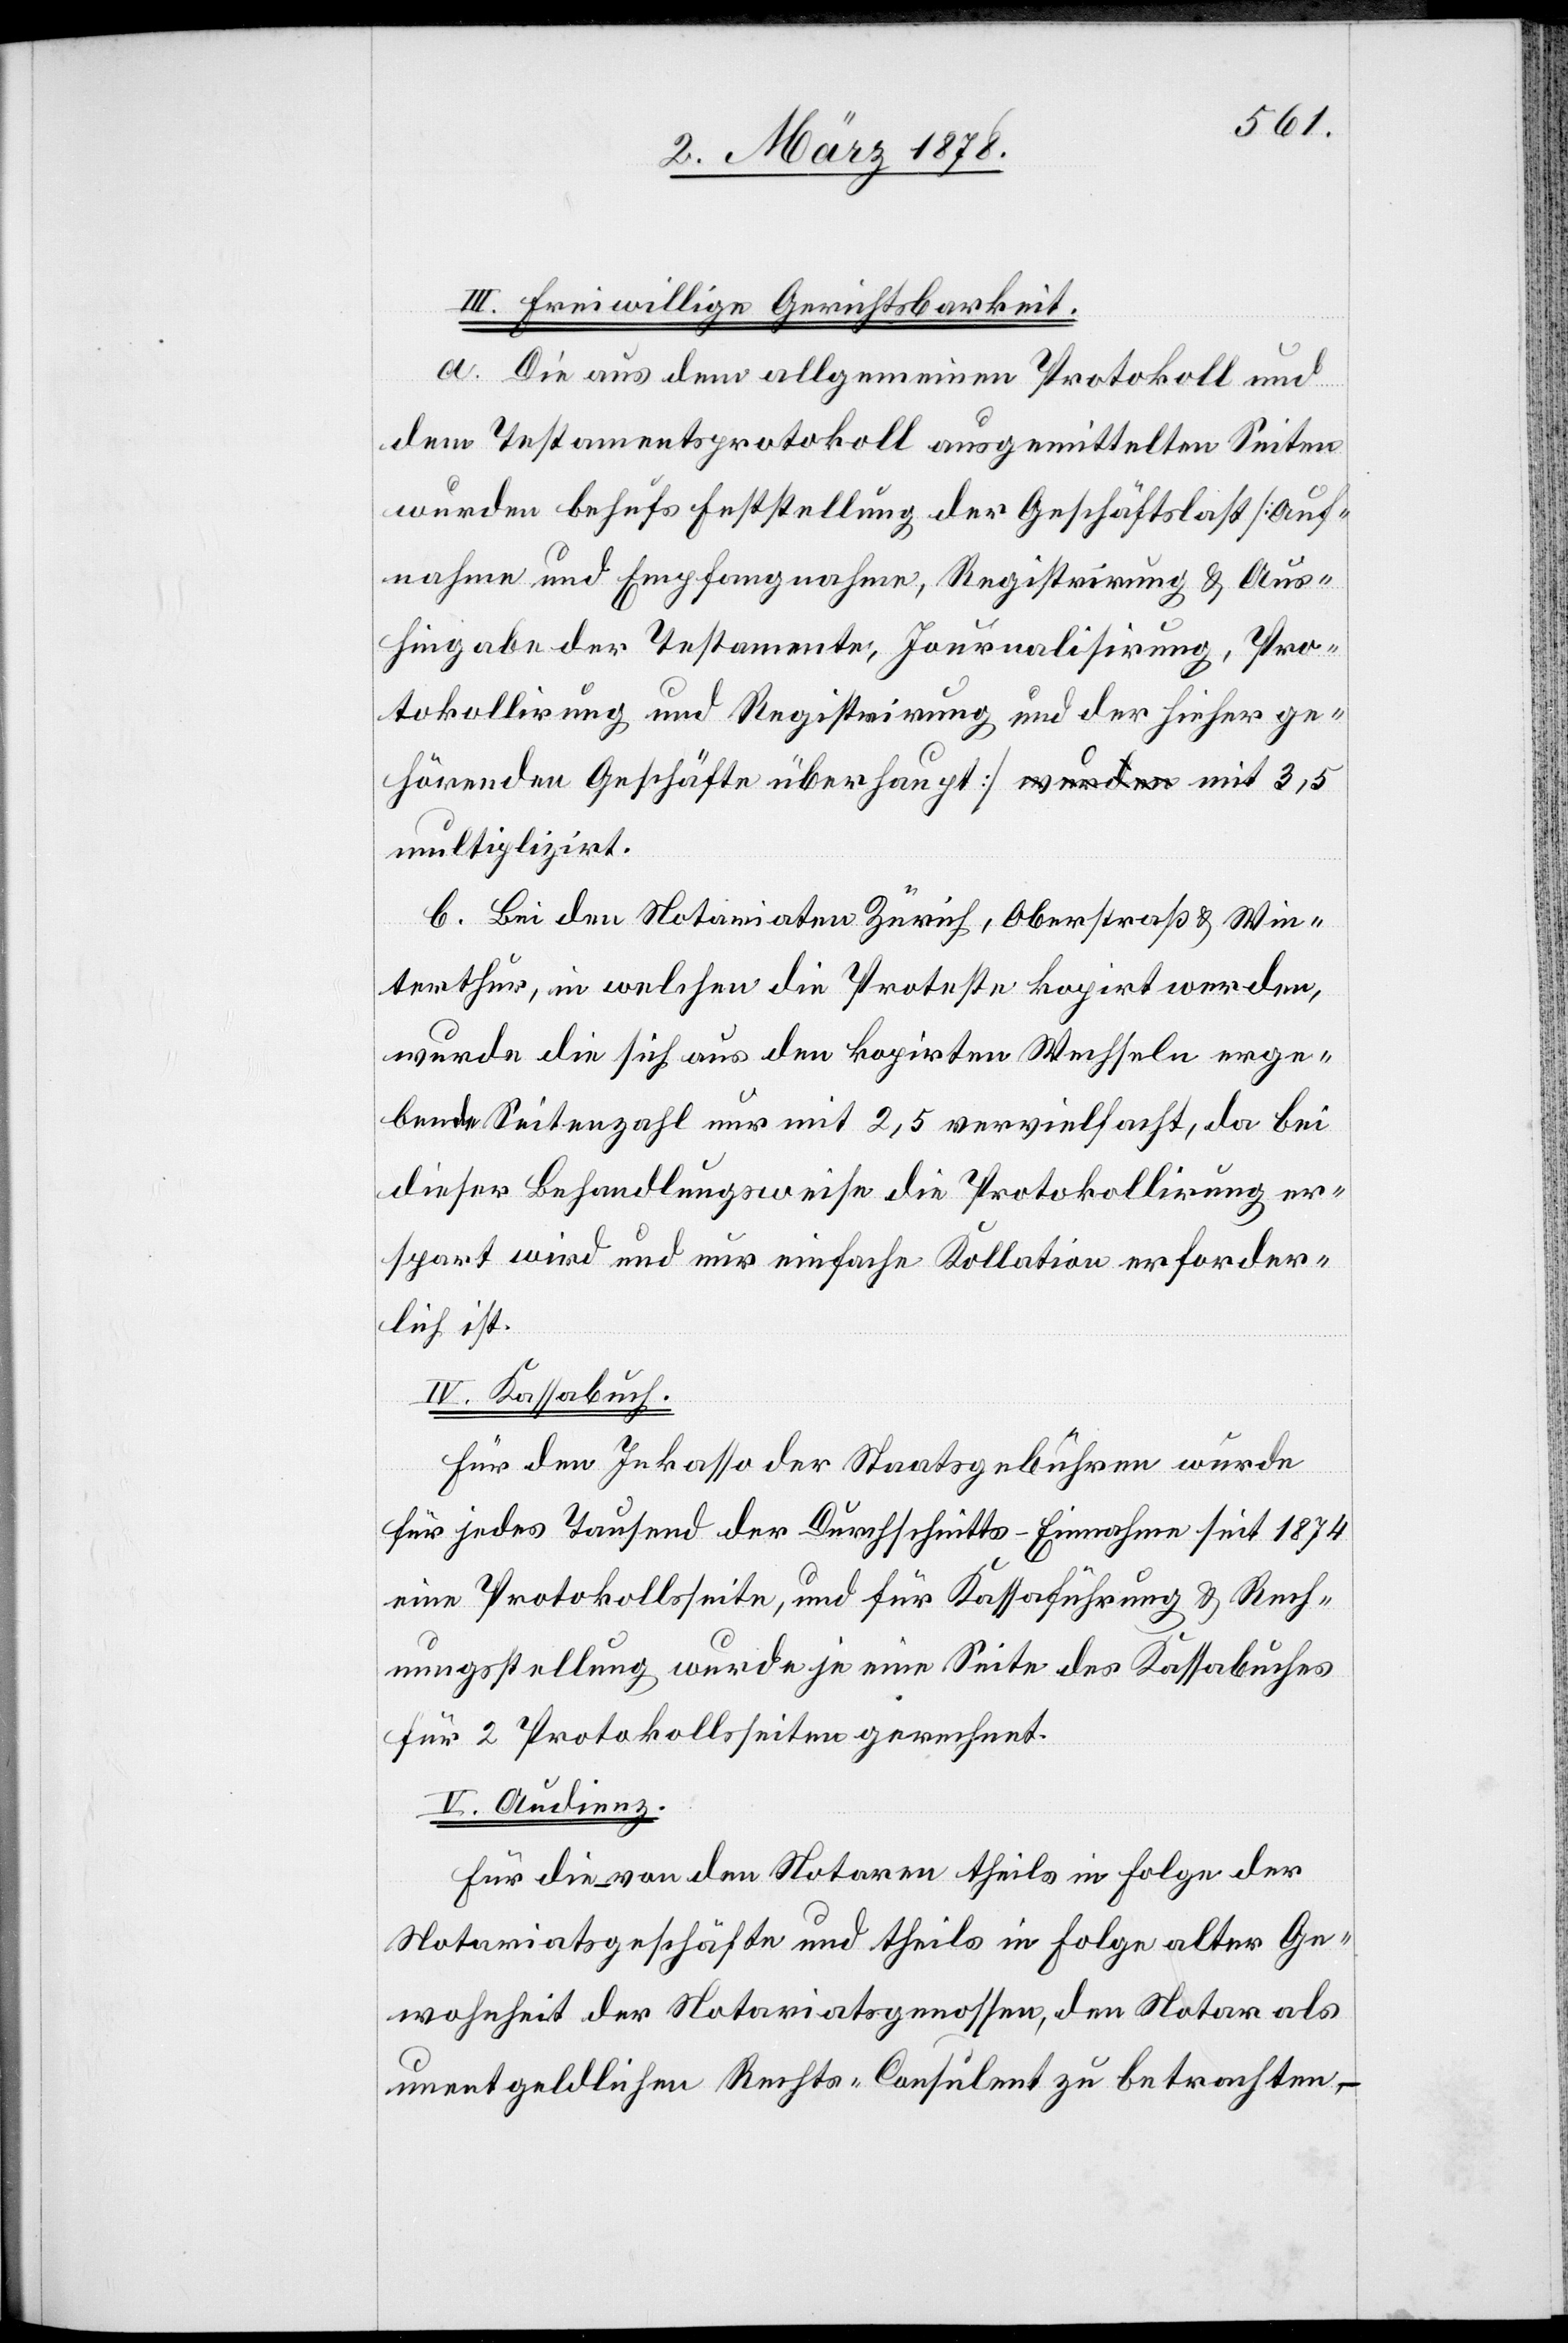
III. Freiwillige Gerichtsbarkeit.
a. Die aus dem allgemeinen Protokoll und
dem Testamentsprotokoll ausgemittelten Seiten
wurden behufs Feststellung der Geschäftslast [Auf¬
nahme und Empfangnahme, Registrirung & Aus¬
hingabe der Testamente, Journalisirung, Pro¬
tokollirung und Registrirung und der hieher ge¬
hörenden Geschäfte überhaupt] mit 3,5 m¬
ultiplizirt.
b. Bei den Notariaten Zürich, Oberstraß & Win¬
terthur, in welchen die Proteste kopirt werden,
wurde die sich aus den kopirten Wechseln erge¬
bende Seitenzahl nur mit 2,5 vervielfacht, da bei
dieser Behandlungsweise die Protokollirung er¬
spart wird und nur einfache Kollation erforder¬
lich ist.
IV. Kassabuch.
Für den Inkasso der Staatsgebühren wurde
für jedes Tausend der Durchschnitts-Einnahme seit 1874
eine Protokollsseite, und für Kassaführung & Rech¬
nungsstellung wurde je eine Seite des Kassabuches
für 2 Protokollsseiten gerechnet.
V. Audienz.
Für die von den Notaren theils in Folge der
Notariatsgeschäfte und theils in Folge alter Ge¬
wohnheit der Notariatsgenossen, den Notar als
unentgeldlichen Rechts-Consulent zu betrachten,